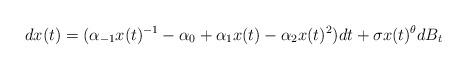
LaTeX: \begin{align*} dx(t)=(\alpha_{-1}x(t)^{-1}-\alpha_{0}+\alpha_{1}x(t)-\alpha_{2}x(t)^{2})dt+\sigma x(t)^{\theta}dB_t\end{align*}